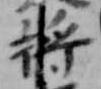
将